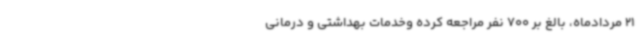
21 مردادماه، بالغ بر 700 نفر مراجعه کرده وخدمات بهداشتی و درمانی